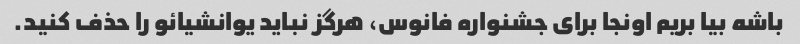
باشه بیا بریم اونجا برای جشنواره فانوس، هرگز نباید یوانشیائو را حذف کنید.